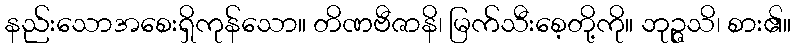
နည်းသောအစေးရှိကုန်သော။ တိဏဗီဇာနိ၊ မြက်သီးစေ့တို့ကို။ ဘုဉ္ဇသိ၊ စား၏။